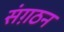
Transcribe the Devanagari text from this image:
संग़ठन